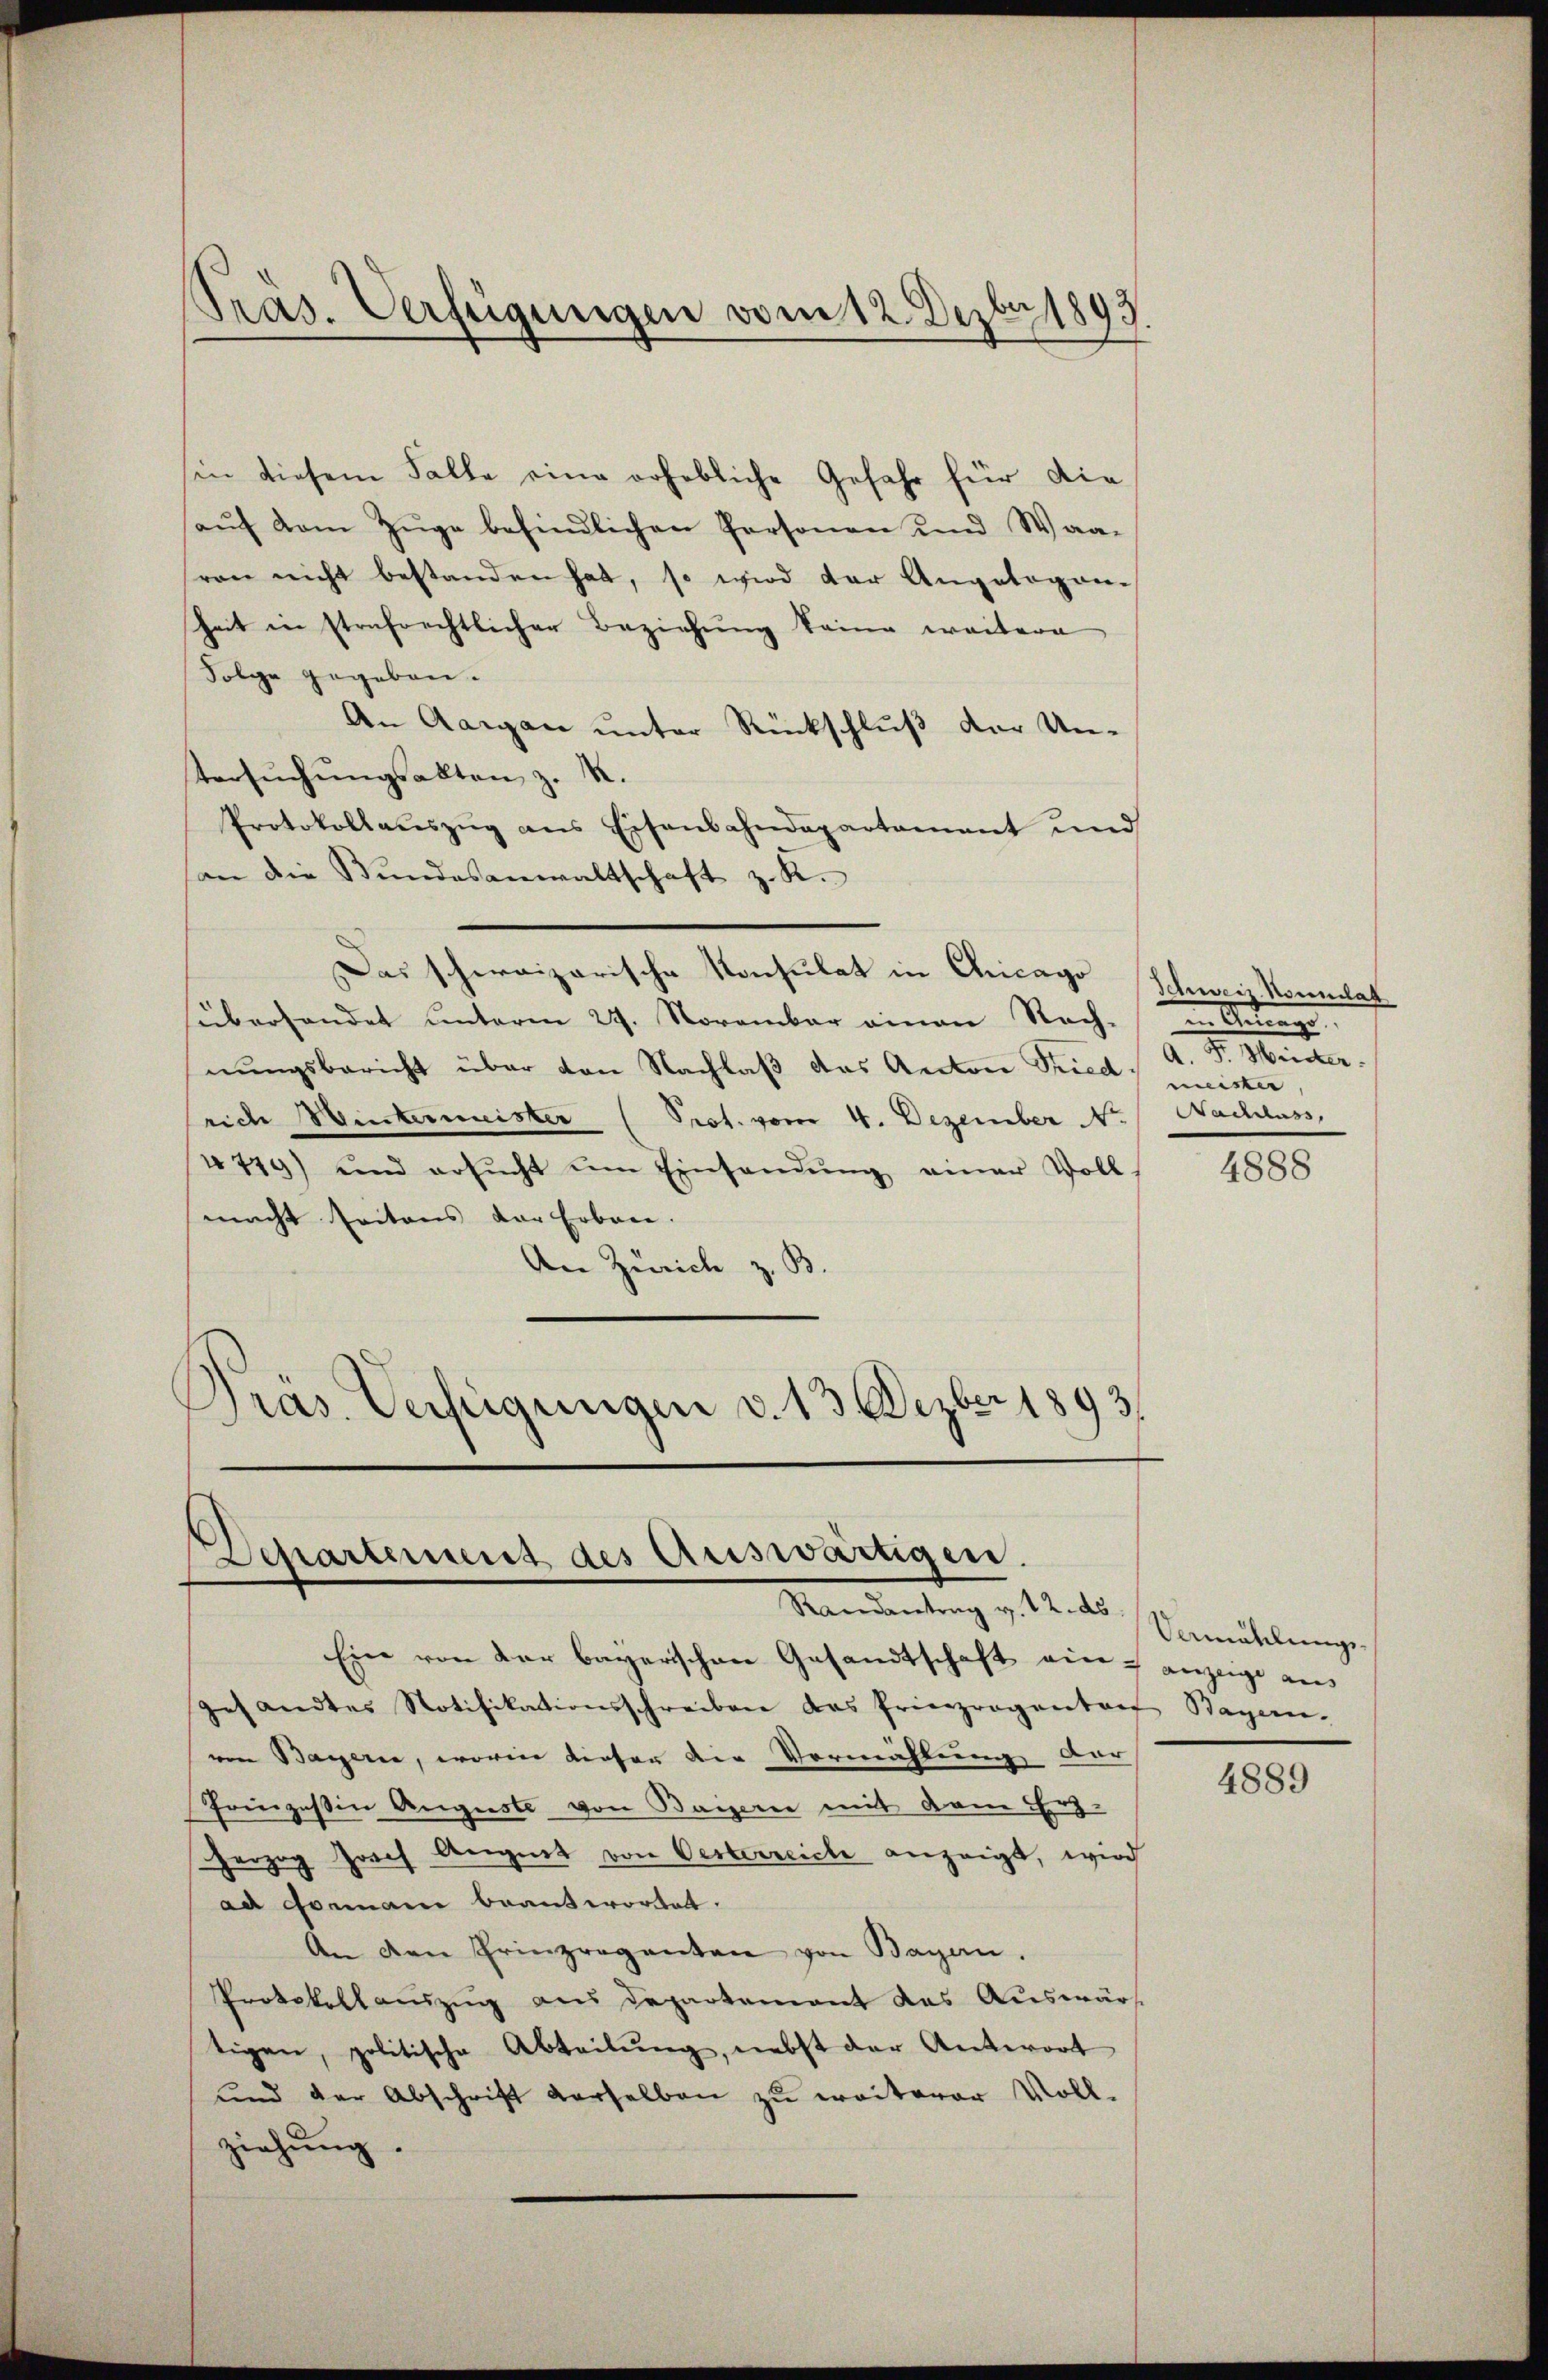
Präs. Verfügungen vom 12. Dezbr 1893.

in diesem Falle eine erhebliche Gefahr für die
haŭf vom Züge befindlichen Personen und Waa-
von nicht bestanden hat, so wird der Angelegen-
heit in strafrechtlicher Beziehŭng keine weitere
Folge gegeben.
An Aargau unter Rückschluß der Untersŭchŭngsakten z. R.
Protokollaŭszŭg ans Eisenbahndepartement und
an die Bŭndesanwaltschaft z. K.
Das schweizerische Konsulat in Chicago Schweiz. Komulat
süberhandet unterm 29. November einen Rech-
nungsbericht über von Nachlaß das Anton Sied meister
rich Wintermeister (Prot. vom 4. Dezember Nr.
4719) und ersŭcht im Einsandŭng einer Voll-
macht seitens der Erbaue.
An Zürich z. B.
Präs. Verfügungen v. 13 Dezbr 1893.

Departement des Auswärtigen.
Mandentrag v. 12. des Vermutlinge

Ein von der bayerischen Gesandtschaft ein ganzeige aus
Gesandtes Notifikationsschreiben des Prinzrogenten Bayern.
von Bayerne, worin dieser die Vermählung der
Prinzessin Auguste von Bauern mit dem Erz-
Herzog Joach August von Oesterreiche anzeigt, wird
ad Formani beantwortet.
An den Erinzreganten von Bayern,
Protokollauszug aus Departement das Auswärt
tigen, politische Abteilŭng, nebst der Antwort
und der Abschrift derselben zu weiterer Voll-
ziehung.

in Antrage
a.
Nachlass,

4888

4889